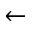
\leftarrow